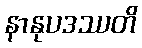
နာနုပဒဿတိ